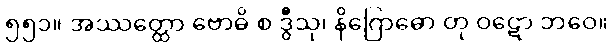
၅၅၁။ အဿတ္ထော ဗောဓိ စ ဒွီသု၊ နိဂြောဓော တု ဝဋော ဘဝေ။